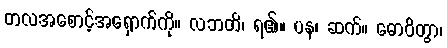
တလအစောင့်အရှောက်ကို။ လဘတိ၊ ရ၏။ ပန၊ ဆက်။ ဓောဝိတွာ၊